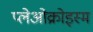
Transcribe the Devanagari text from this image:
प्लेओक्रोइस्म